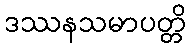
ဒဿနသမာပတ္တိ